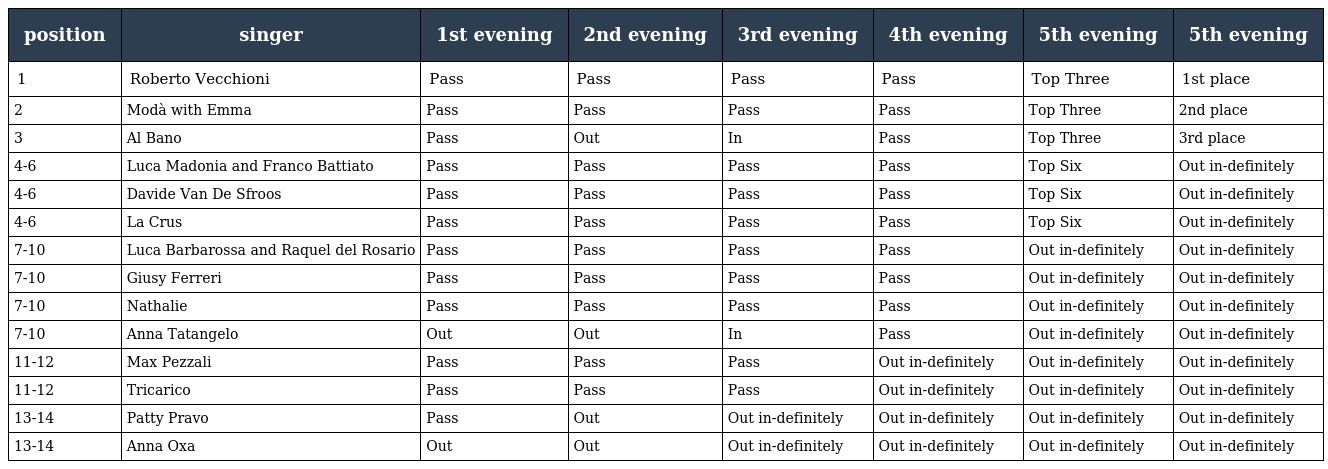
| position | singer | 1st evening | 2nd evening | 3rd evening | 4th evening | 5th evening | 5th evening |
 | --- | --- | --- | --- | --- | --- | --- | --- |
 | 1 | Roberto Vecchioni | Pass | Pass | Pass | Pass | Top Three | 1st place |
 | 2 | Modà with Emma | Pass | Pass | Pass | Pass | Top Three | 2nd place |
 | 3 | Al Bano | Pass | Out | In | Pass | Top Three | 3rd place |
 | 4-6 | Luca Madonia and Franco Battiato | Pass | Pass | Pass | Pass | Top Six | Out in-definitely |
 | 4-6 | Davide Van De Sfroos | Pass | Pass | Pass | Pass | Top Six | Out in-definitely |
 | 4-6 | La Crus | Pass | Pass | Pass | Pass | Top Six | Out in-definitely |
 | 7-10 | Luca Barbarossa and Raquel del Rosario | Pass | Pass | Pass | Pass | Out in-definitely | Out in-definitely |
 | 7-10 | Giusy Ferreri | Pass | Pass | Pass | Pass | Out in-definitely | Out in-definitely |
 | 7-10 | Nathalie | Pass | Pass | Pass | Pass | Out in-definitely | Out in-definitely |
 | 7-10 | Anna Tatangelo | Out | Out | In | Pass | Out in-definitely | Out in-definitely |
 | 11-12 | Max Pezzali | Pass | Pass | Pass | Out in-definitely | Out in-definitely | Out in-definitely |
 | 11-12 | Tricarico | Pass | Pass | Pass | Out in-definitely | Out in-definitely | Out in-definitely |
 | 13-14 | Patty Pravo | Pass | Out | Out in-definitely | Out in-definitely | Out in-definitely | Out in-definitely |
 | 13-14 | Anna Oxa | Out | Out | Out in-definitely | Out in-definitely | Out in-definitely | Out in-definitely |